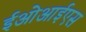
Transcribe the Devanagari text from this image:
ईओआईएस